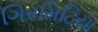
ગિરમિટિયા